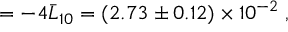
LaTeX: = - 4 \bar { L } _ { 1 0 } = ( 2 . 7 3 \pm 0 . 1 2 ) \times 1 0 ^ { - 2 } \; ,